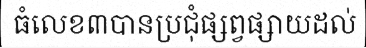
ធំលេខ៣បានប្រជុំផ្សព្វផ្សាយដល់